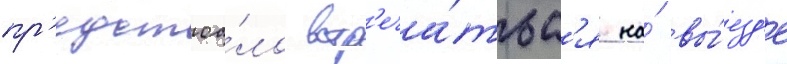
пр'едстоа́ло встр'еча́тьс'я на́ вы́езд'е